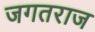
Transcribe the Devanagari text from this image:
जगतराज